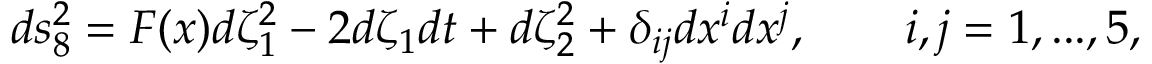
d s _ { 8 } ^ { 2 } = F ( x ) d \zeta _ { 1 } ^ { 2 } - 2 d \zeta _ { 1 } d t + d \zeta _ { 2 } ^ { 2 } + \delta _ { i j } d x ^ { i } d x ^ { j } , \qquad i , j = 1 , . . . , 5 ,